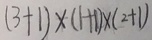
( 3 + 1 ) \times ( 1 + 1 ) \times ( 2 + 1 )